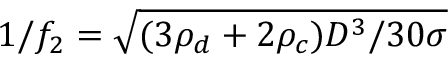
1 / f _ { 2 } = \sqrt { ( 3 \rho _ { d } + 2 \rho _ { c } ) D ^ { 3 } / 3 0 \sigma }